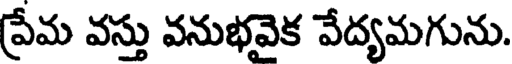
ప్రేమ వస్తు వనుభవైక వేద్యమగును.